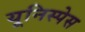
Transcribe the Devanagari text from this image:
यूनिस्पेस